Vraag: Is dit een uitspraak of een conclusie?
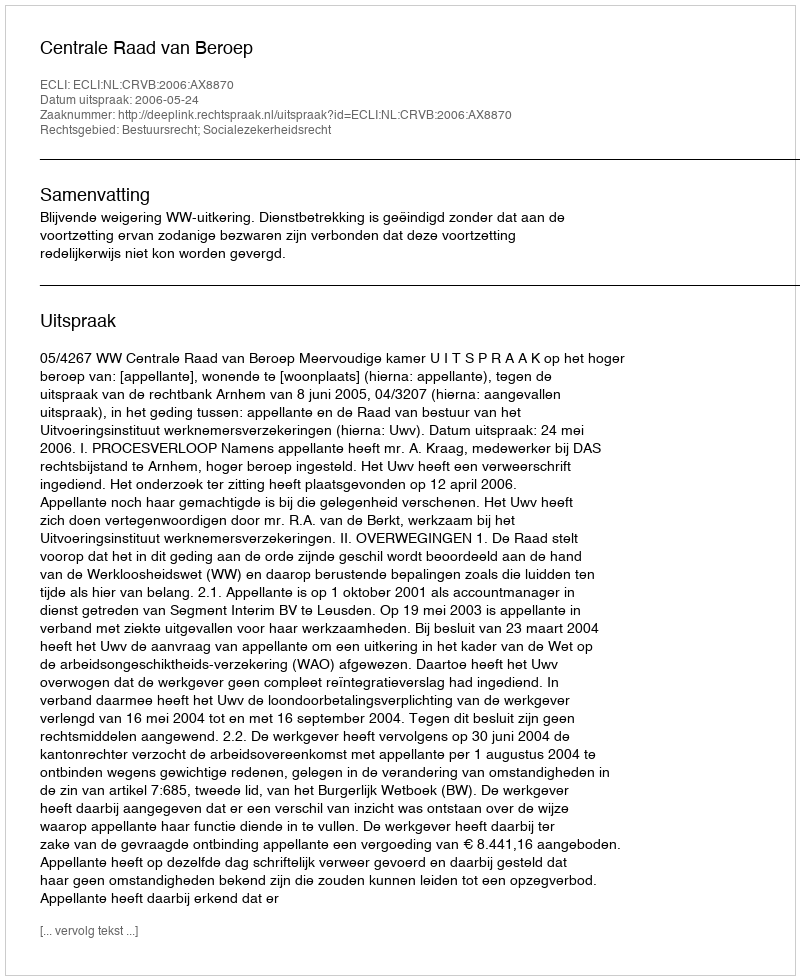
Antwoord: Uitspraak